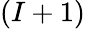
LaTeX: (I+1)